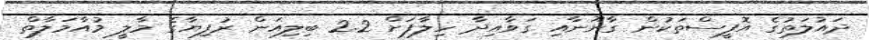
ދައުލަތުގެ އޮފީސްތަކުން ގާނޫނާއި ގަވާއިދާ ހިލާފަށް 2.2 ބިލިއަން ރުފިޔާގެ މާލީ މުއާމަލާތް